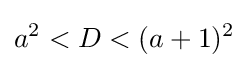
a^{2}<D<(a+1)^{2}